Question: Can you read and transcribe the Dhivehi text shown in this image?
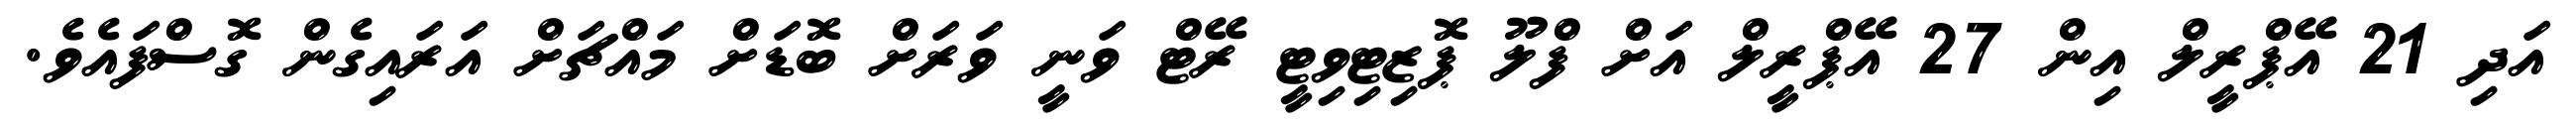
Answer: އަދި 21 އޭޕްރީލް އިން 27 އޭޕްރީލް އަށް ފްލޫ ޕޮޒިޓިވިޓީ ރޭޓް ވަނީ ވަރަށް ބޮޑަށް މައްޗަށް އަރައިގެން ގޮސްފައެވެ.